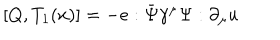
[ Q , T _ { 1 } ( x ) ] = - e : \bar { \Psi } \gamma ^ { \mu } \Psi : \partial _ { \mu } u